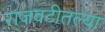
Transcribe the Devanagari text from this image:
राजवटीतल्या